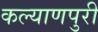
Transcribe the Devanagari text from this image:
कल्याणपुरी